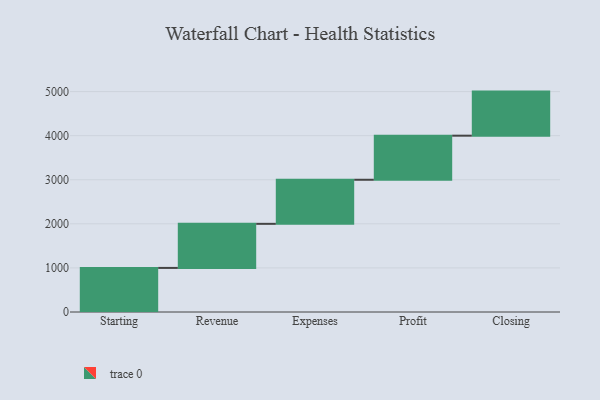
{"axis": {"x": "Step", "y": "Value"}, "legend": [""], "data": [{"x": "Starting", "y": 1000, "type": ""}, {"x": "Revenue", "y": 1000, "type": ""}, {"x": "Expenses", "y": 1000, "type": ""}, {"x": "Profit", "y": 1000, "type": ""}, {"x": "Closing", "y": 1000, "type": ""}]}